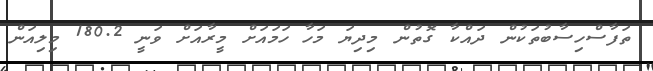
ތަފާސްހިސާބުތަކުން ދައްކާ ގޮތުން މިދިޔަ މަހާ ހަމައަށް މީރާއަށް ވަނީ 180.2 މިލިއަން